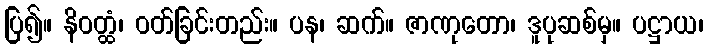
ပြ၍။ နိဝတ္ထံ၊ ဝတ်ခြင်းတည်း။ ပန၊ ဆက်။ ဇာဏုတော၊ ဒူပုဆစ်မှ။ ပဋ္ဌာယ၊